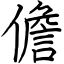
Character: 儋